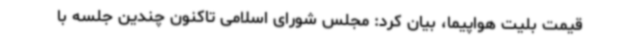
قیمت بلیت هواپیما، بیان کرد: مجلس شورای اسلامی تاکنون چندین جلسه با